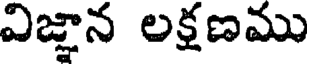
విజ్ఞాన లక్షణము